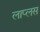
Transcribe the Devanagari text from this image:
लाप्लस